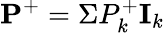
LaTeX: \textbf{P}^{+}=\Sigma P_{k}^{+}\textbf{I}_{k}